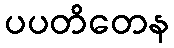
ပပတိတေန